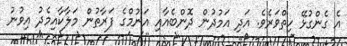
އެ ގެންގުޅޭ ހިތްވަރެވެ. އަދި އަމުދުން ދޮންބެއާއި އަނުމްގެ ފަރާތުން މަލާކާއިމެދު އިވުނު